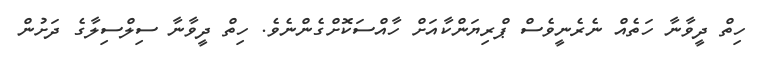
ހިތް ދީވާނާ ހަތެއް ނެރެނީވެސް ޕްރިޔަންކާއަށް ހާއްސަކޮށްގެންނެވެ. ހިތް ދީވާނާ ސިލްސިލާގެ ދަށުން